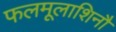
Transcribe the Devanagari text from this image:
फलमूलाशिनौ